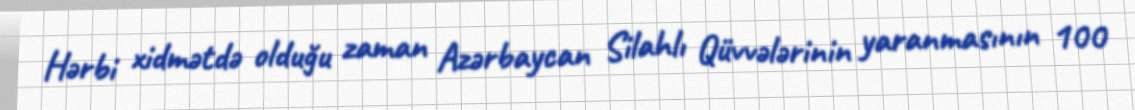
Hərbi xidmətdə olduğu zaman Azərbaycan Silahlı Qüvvələrinin yaranmasının 100